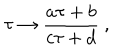
\tau \rightarrow { \frac { a \tau + b } { c \tau + d } } \ ,